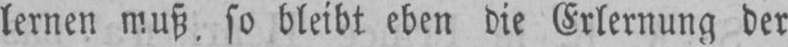
lernen muß, so bleibt eben die Erlernung der